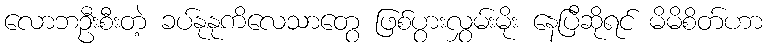
လောဘဦးစီးတဲ့ ခပ်နုနုကိလေသာတွေ ဖြစ်ပွားလွှမ်းမိုး နေပြီဆိုရင် မိမိစိတ်ဟာ